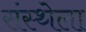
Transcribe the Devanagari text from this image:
संस्‍थ्‍ोला